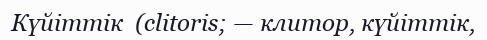
Күйіттік  (clitoris; — клитор, күйіттік,